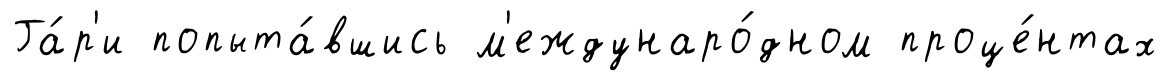
Га́р'и попыта́вшись м'еждунаро́дном проце́нтах